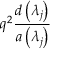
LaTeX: q ^ { 2 } \frac { d \left( \lambda _ { j } \right) } { a \left( \lambda _ { j } \right) }